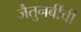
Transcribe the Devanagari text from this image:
जैतुनबींची